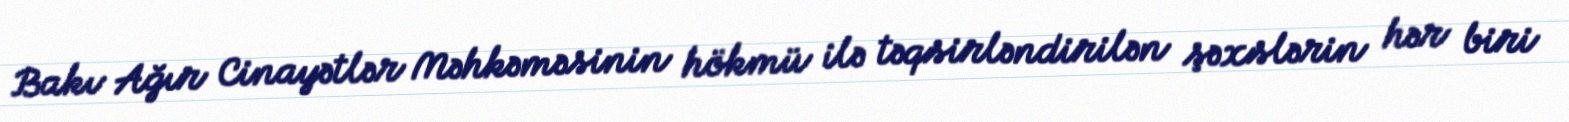
Bakı Ağır Cinayətlər Məhkəməsinin hökmü ilə təqsirləndirilən şəxslərin hər biri